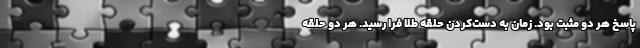
پاسخ هر دو مثبت بود. زمان به دست‌کردن حلقه طلا فرا رسید. هر دو حلقه